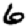
Digit: 6